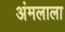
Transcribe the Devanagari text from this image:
अंमलाला